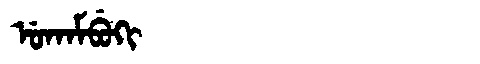
Manchu: ᡠᡴᠠᠮᠪᡠᡴᡳ
Romanization: UKAMBUKI